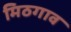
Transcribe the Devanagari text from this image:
मिठगाव